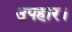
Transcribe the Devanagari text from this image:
उपहार।